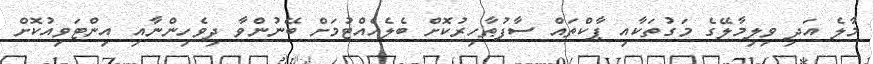
މާލެ އަދި ވިލިމާލޭގެ މަގުތަކާއި ޕާކްތައް ސާފުޠާހިރުކޮށް ބެލެހެއްޓުމަށް ބޭނުންވާ ދިވެހިންނާއި އިންޓަވިއުކޮށް